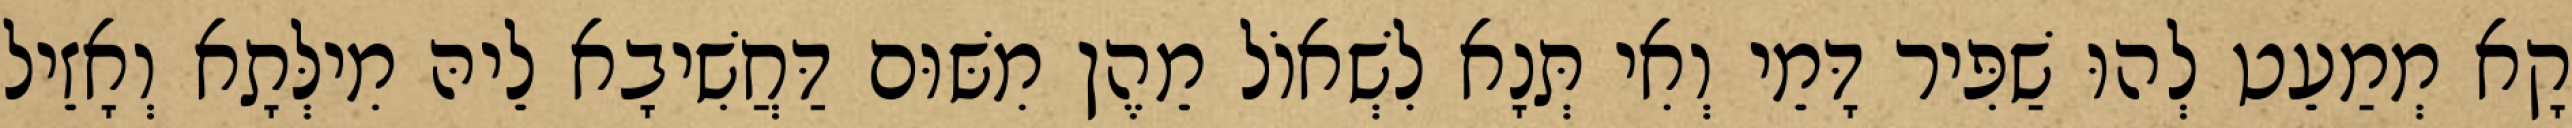
קָא מְמַעֵט לְהוּ שַׁפִּיר דָּמֵי וְאִי תְּנָא לִשְׁאוֹל מֵהֶן מִשּׁוּם דַּחֲשִׁיבָא לֵיהּ מִילְּתָא וְאָזֵיל